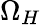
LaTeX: \Omega_{H}